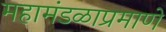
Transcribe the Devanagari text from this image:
महामंडळाप्रमाणे